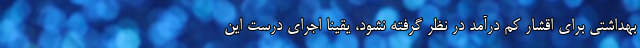
بهداشتی برای اقشار کم درآمد در نظر گرفته نشود، یقینا اجرای درست این